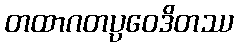
တထာဂတပ္ပဝေဒိတဿ